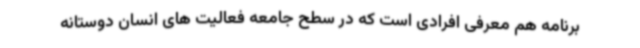
برنامه هم معرفی افرادی است که در سطح جامعه فعالیت های انسان دوستانه